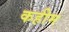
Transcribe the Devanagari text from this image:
कहीम